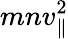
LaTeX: mnv_{\parallel}^{2}